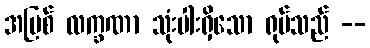
အပြစ် လက္ခဏာ သုံးပါးရှိသော ရုပ်သည် --